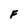
Character: F